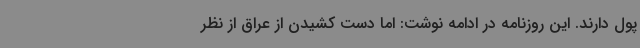
پول دارند. این روزنامه در ادامه نوشت: اما دست کشیدن از عراق از نظر